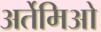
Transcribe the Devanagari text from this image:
अर्तेमिओ